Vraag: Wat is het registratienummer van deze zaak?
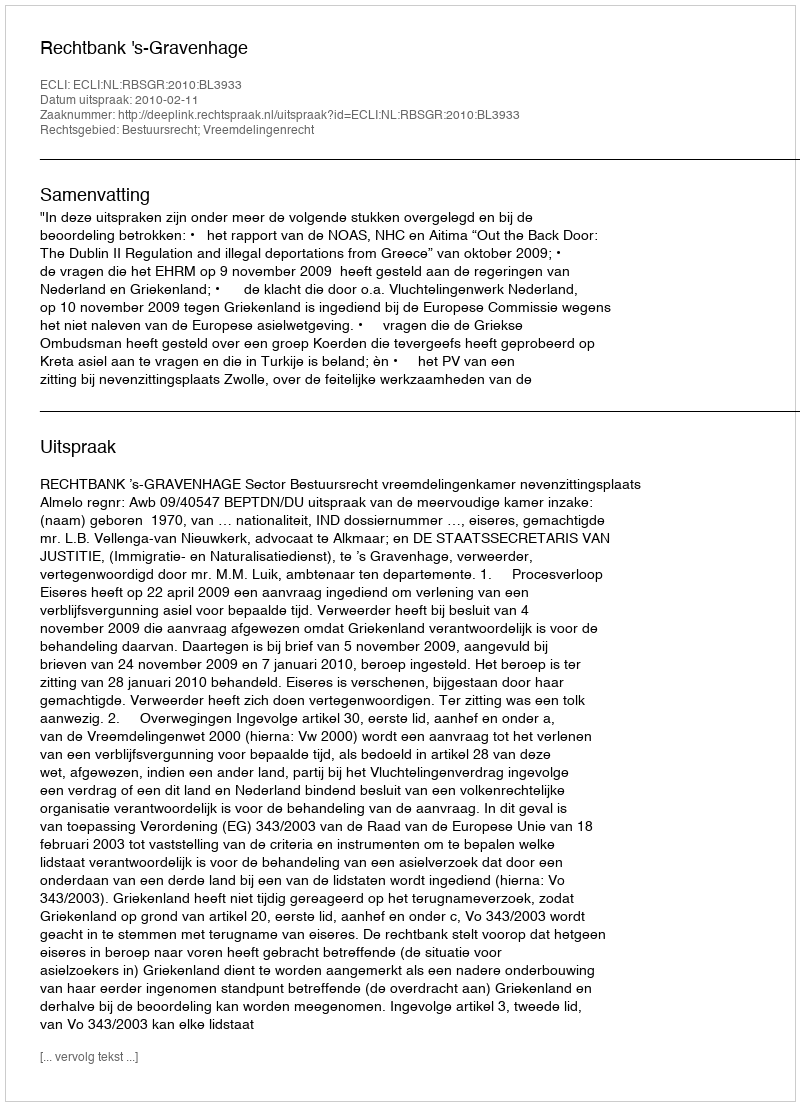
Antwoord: http://deeplink.rechtspraak.nl/uitspraak?id=ECLI:NL:RBSGR:2010:BL3933